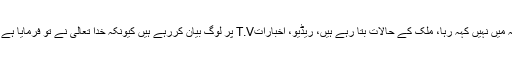
یہ میں نہیں کہہ رہا، ملک کے حالات بتا رہے ہیں، ریڈیو، اخباراتT.V پر لوگ بیان کررہے ہیں کیونکہ خدا تعالیٰ نے تو فرمایا ہے ۔